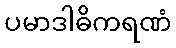
ပမာဒါဓိကရဏံ